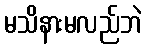
မသိနားမလည်ဘဲ